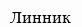
Линник